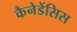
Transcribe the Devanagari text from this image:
कैनेडेंसिस